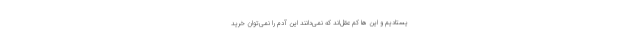
یستادیم و این ها کم عقل‌اند که نمی‌دانند این آدم را نمی‌توان خرید